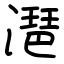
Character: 潖